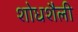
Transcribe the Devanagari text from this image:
शोधशैली